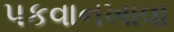
પકવાનખાવા